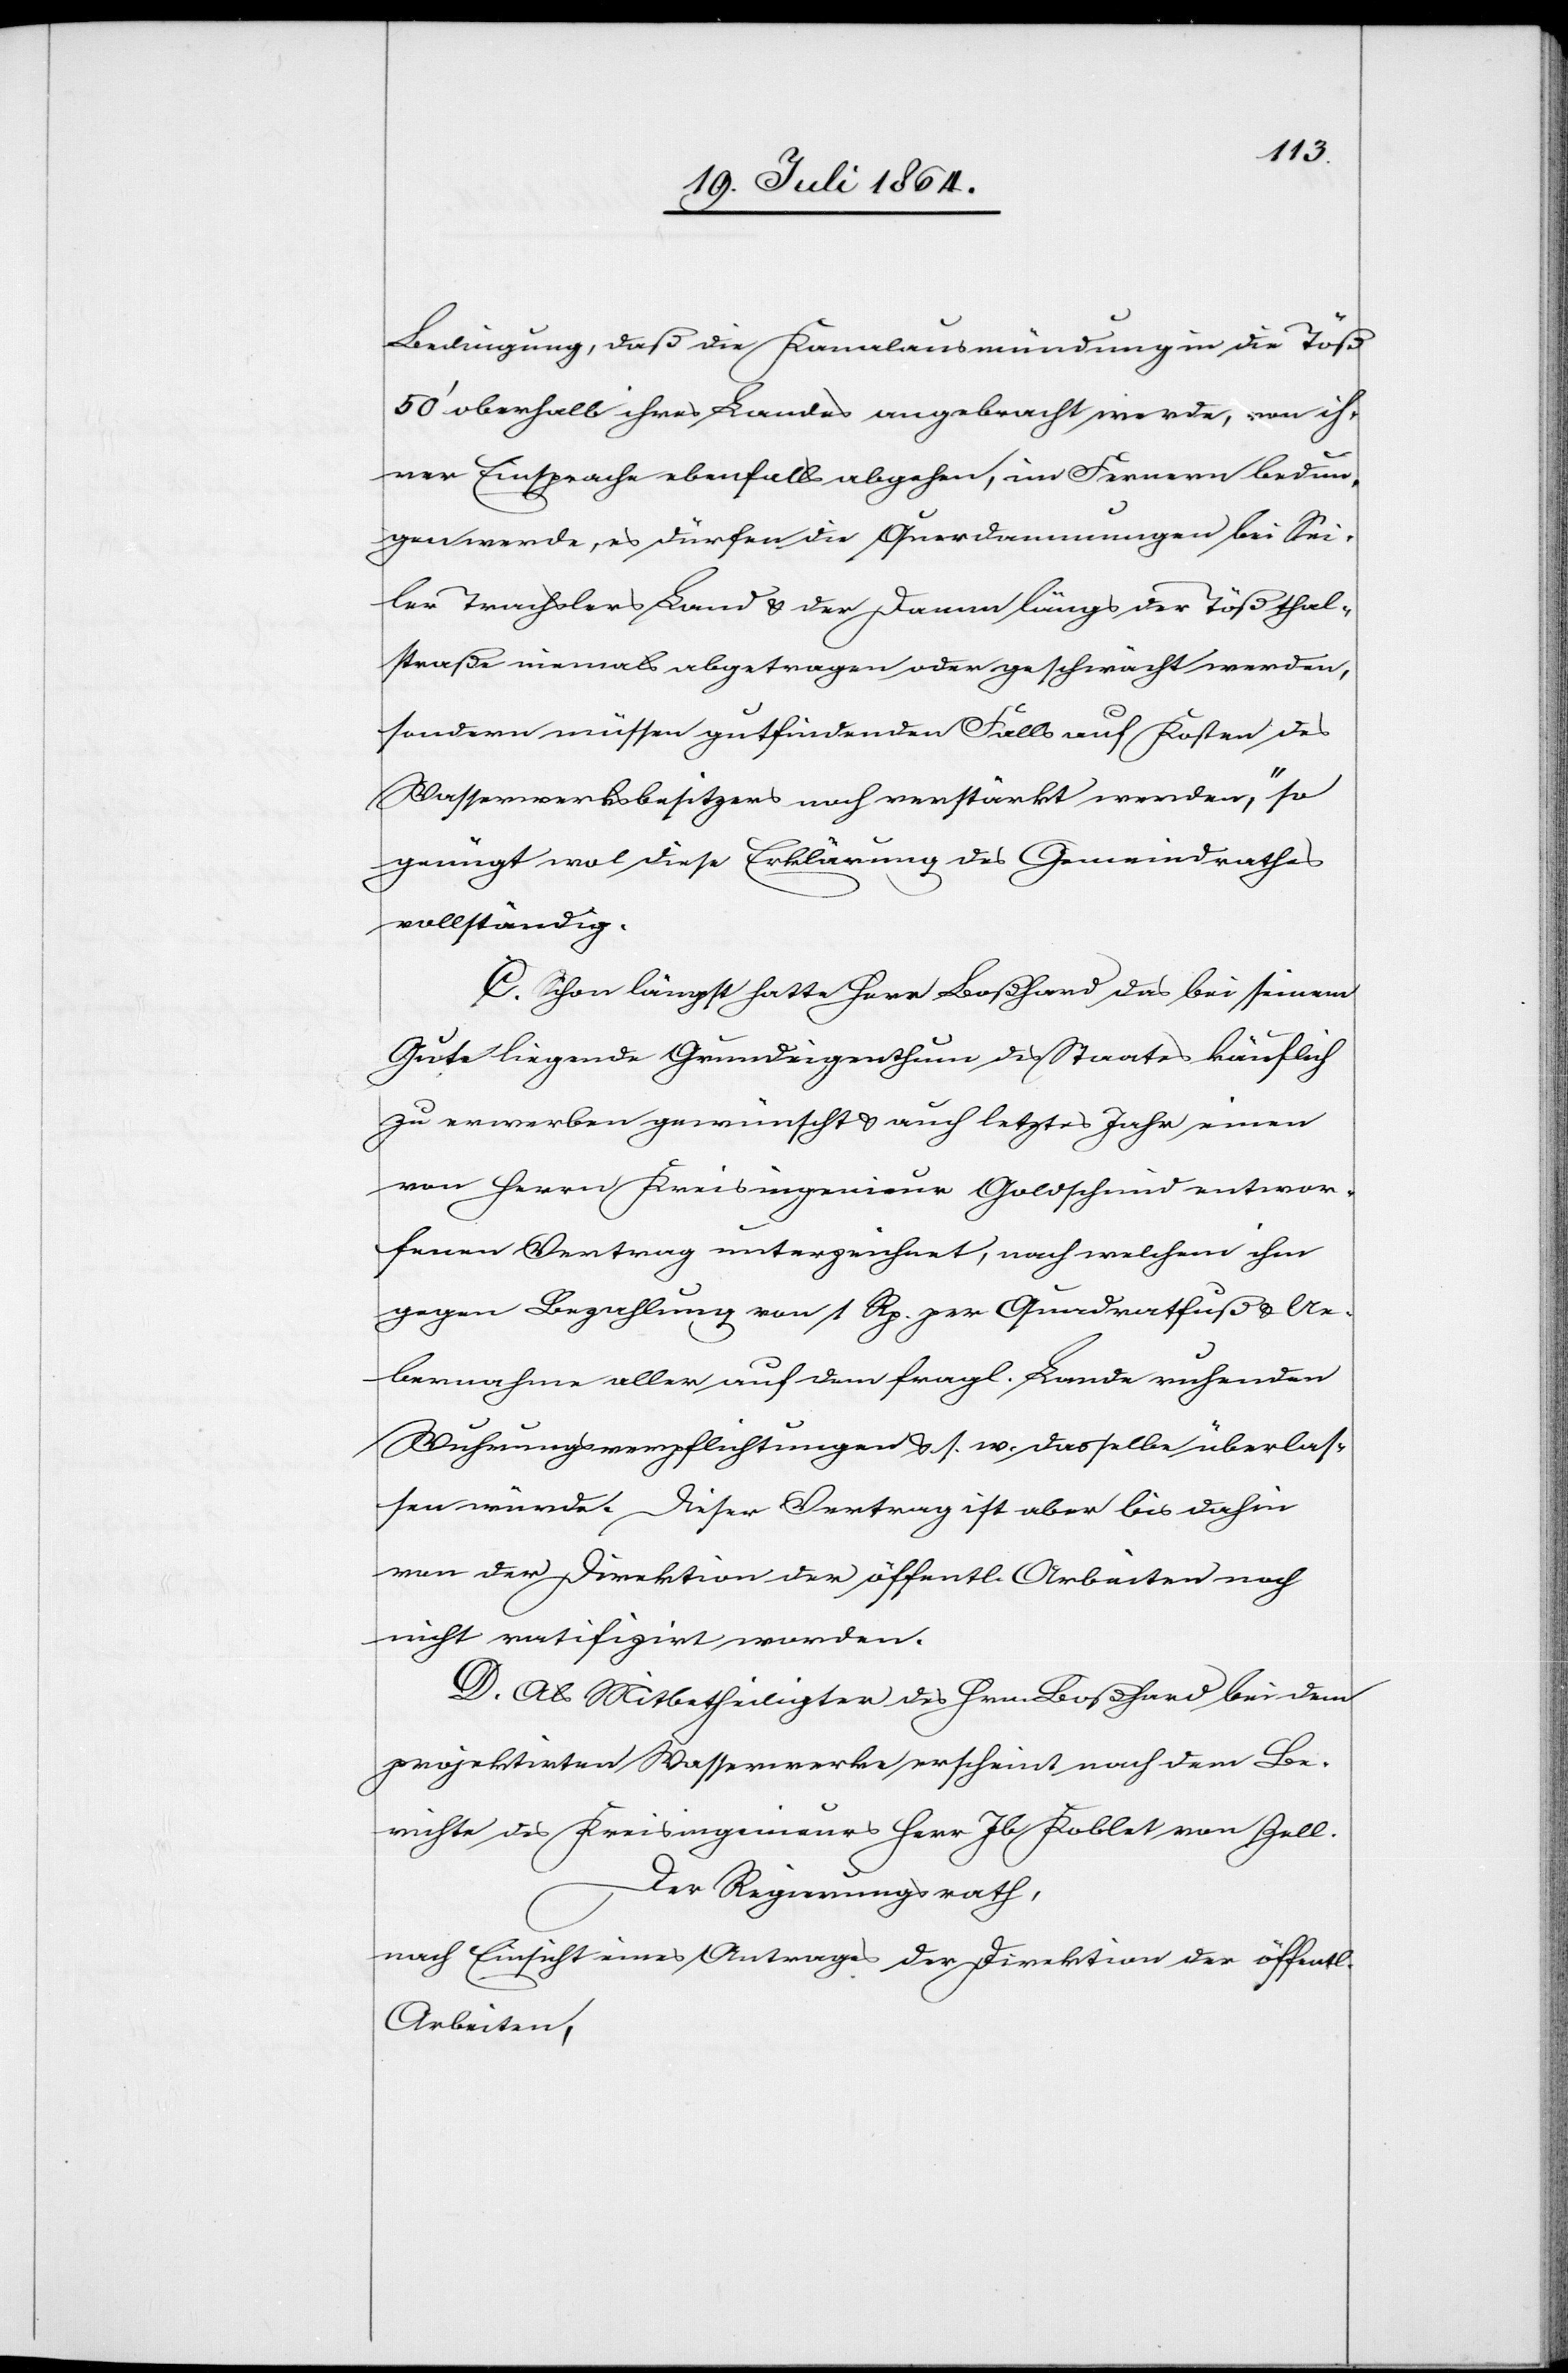
Bedingung, daß die Kanalausmündung in die Töß
50’ oberhalb ihres Landes angebracht werde, von ih¬
rer Einsprach ebenfalls abgehen, im Fernern bedun¬
gen werde, es dürfen die Querdammungen bei Sei¬
ler Trachsler Land u. der Damm längs der Tößthal¬
straße niemals abgetragen oder geschwächt werden,“
genügt wol diese Erklärung des Gemeindrathes
vollständig.
C. Schon längst hatte Herr Boßhard das bei seinem
Gute liegende Grundeigenthum des Staates käuflich
zu erwerben gewünscht u. auch letztes Jahr einen
von Herrn Kreisingenieur Goldschmid entwor¬
fenen Vertrag unterzeichnet, nach welchem ihm
gegen Bezahlung von 1 Rp. per Quadratfuß u. Ue¬
bernahme aller auf dem fragl. Lande ruhenden
Wuhrungsverpflichtungen u. s. w. dasselbe überlas¬
sen würde. Dieser Vertrag ist aber bis dahin
von der Direktion der öffentl. Arbeiten noch
nicht ratifizirt worden.
D. Als Mitbetheiligter des Hrn. Boßhard bei dem
projektirten Wasserwerke erscheint nach dem Be¬
richte des Kreisingenieurs Jb Koblet von Zell.
Der Regierungsrath,
nach Einsicht eines Antrages der Direktion der öffentl.
Arbeiten,